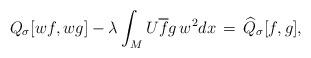
LaTeX: \begin{align*} Q_\sigma[w f, w g] - \lambda \int_M U \overline{f} g\, w^2 dx\, =\, \widehat Q_\sigma[f,g], \end{align*}